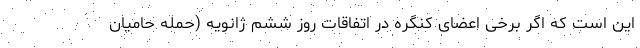
این است که اگر برخی اعضای کنگره در اتفاقات روز ششم ژانویه (حمله حامیان